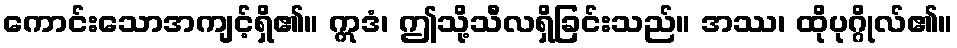
ကောင်းသောအကျင့်ရှိ၏။ ဣဒံ၊ ဤသို့သီလရှိခြင်းသည်။ အဿ၊ ထိုပုဂ္ဂိုလ်၏။